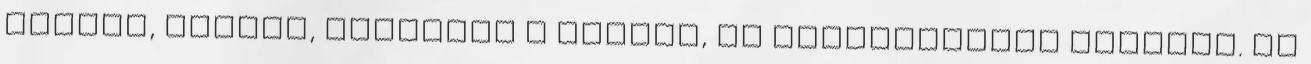
fiatal, jóképű, kellemes a humora, és fantasztikus szerető. De